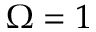
\Omega = 1